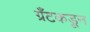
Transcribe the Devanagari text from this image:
ग्रँटकडून